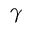
\gamma